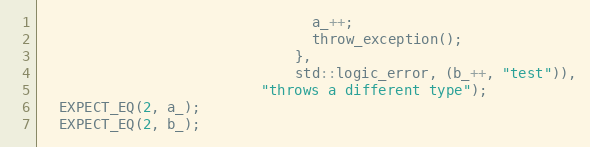
Language: C++
                                a_++;
                                throw_exception();
                              },
                              std::logic_error, (b_++, "test")),
                          "throws a different type");
  EXPECT_EQ(2, a_);
  EXPECT_EQ(2, b_);